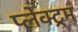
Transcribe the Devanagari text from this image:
प्लेक्ट्रम